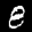
Label: 8